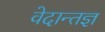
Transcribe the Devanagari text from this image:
वेदान्तज्ञ